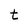
Character: t